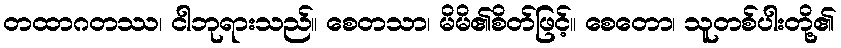
တထာဂတဿ၊ ငါဘုရားသည်။ စေတသာ၊ မိမိ၏စိတ်ဖြင့်။ စေတော၊ သူတစ်ပါးတို့၏